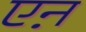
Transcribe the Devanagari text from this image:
एऩ